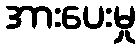
အားပေးမှု